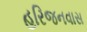
હરિજનવાસ